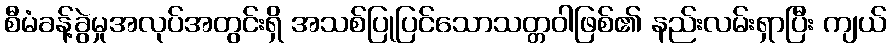
စီမံခန့်ခွဲမှုအလုပ်အတွင်းရှိ အသစ်ပြုပြင်သောသတ္တဝါဖြစ်၏ နည်းလမ်းရှာပြီး ကျယ်